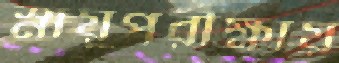
স্নায়ুপরীক্ষায়